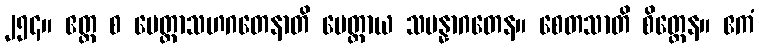
၂၅၄။ ဧတ္ထ စ မေတ္တာသဟဂတေနာတိ မေတ္တာယ သမန္နာဂတေန။ စေတသာတိ စိတ္တေန။ ဧကံ